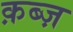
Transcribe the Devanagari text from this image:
क़ब्ज़